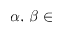
\alpha , \, \beta \in